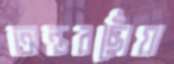
অন্তরছোঁয়া